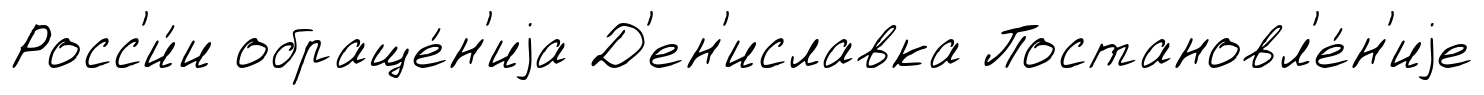
Росс'и́и обраще́н'иjа Д'ен'иславка Постановл'е́н'иjе